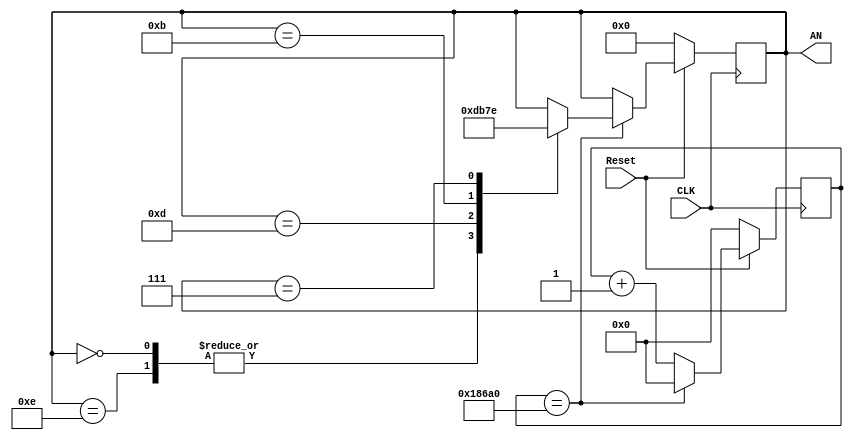
`timescale 1ns / 1ps

module clk_slow(input CLK, input Reset, output reg[3:0] AN);
	reg[16:0] hide;
	parameter DIVISION = 100000;
    initial begin
		hide <= 0;
		AN <= 4'b0111;
	end
	//
	always@(posedge CLK) begin
		if(Reset == 0)begin
            hide <= 0;
            AN <= 4'b0000;

		end 
		else begin
			hide <= hide + 1;//
			if(hide == DIVISION) begin
                hide <= 0;
                case(AN)
                    4'b1110:begin
                        AN <= 4'b1101;
                    end
                    4'b0000:begin
                        AN <= 4'b1101;
                    end
                    4'b1101:begin
                        AN <= 4'b1011;
                    end
                    4'b1011: begin
                        AN <= 4'b0111;
                    end
                    4'b0111: begin
                        AN <= 4'b1110;
                    end
                endcase
            end
        end
    end
endmodule